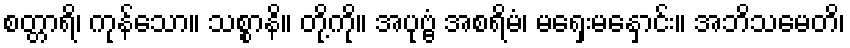
စတ္တာရိ၊ ကုန်သော။ သစ္စာနိ။ တို့ကို။ အပုဗ္ဗံ အစရိမံ၊ မရှေးမနှောင်း။ အဘိသမေတိ၊